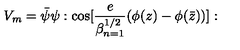
V _ { m } = { \bar { \psi } } \psi : \mathrm { c o s } [ { \frac { e } { \beta _ { n = 1 } ^ { 1 / 2 } } } ( \phi ( z ) - \phi ( { \bar { z } } ) ) ] :